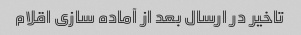
تاخیر در ارسال بعد از آماده سازی اقلام